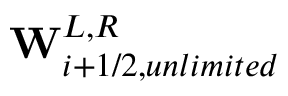
\mathbf { W } _ { i + 1 / 2 , u n l i m i t e d } ^ { L , R }